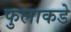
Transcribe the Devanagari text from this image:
फुलाकडे